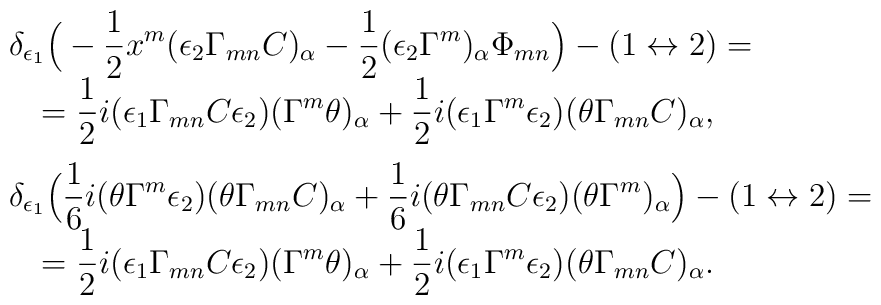
\begin{array}{l} \delta_{\epsilon_1}\Big(-\displaystyle\frac 12 x^m(\epsilon_2\Gamma_{mn}C)_\alpha-\frac 12 (\epsilon_2\Gamma^m)_\alpha\Phi_{mn}\Big)-(1\leftrightarrow 2)=\\\quad =\displaystyle\frac 12 i(\epsilon_1\Gamma_{mn}C\epsilon_2)(\Gamma^m\theta)_\alpha+\frac 12 i(\epsilon_1\Gamma^m\epsilon_2)(\theta\Gamma_{mn}C)_\alpha,\\[2ex]\delta_{\epsilon_1}\Big(\displaystyle\frac 16 i(\theta\Gamma^m\epsilon_2)(\theta\Gamma_{mn}C)_\alpha+\frac 16 i(\theta\Gamma_{mn}C\epsilon_2)(\theta\Gamma^m)_\alpha\Big)-(1\leftrightarrow 2)=\\\quad =\displaystyle\frac 12 i(\epsilon_1\Gamma_{mn}C\epsilon_2)(\Gamma^m\theta)_\alpha+\frac 12 i(\epsilon_1\Gamma^m\epsilon_2)(\theta\Gamma_{mn}C)_\alpha.\end{array}